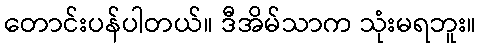
တောင်းပန်ပါတယ်။ ဒီအိမ်သာက သုံးမရဘူး။